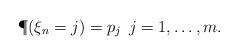
LaTeX: \begin{align*}\P(\xi_n=j)=p_j \:\:j=1,\ldots,m.\end{align*}